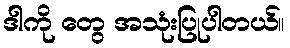
ဒါကို တွေ အသုံးပြုပါတယ်။